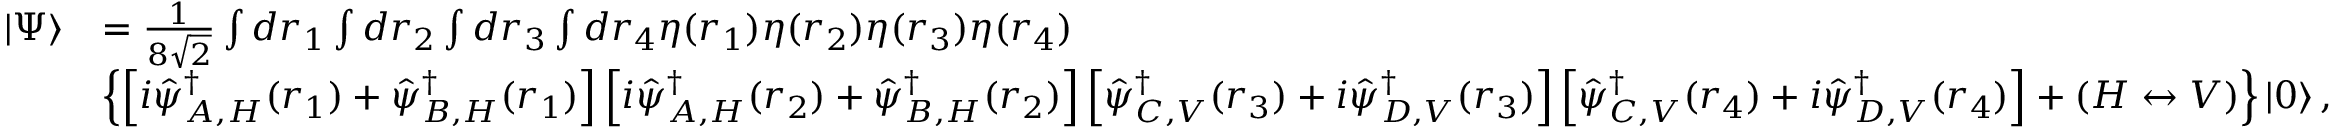
\begin{array} { r l } { | \Psi \rangle } & { = \frac { 1 } { 8 \sqrt { 2 } } \int d \boldsymbol { r } _ { 1 } \int d \boldsymbol { r } _ { 2 } \int d \boldsymbol { r } _ { 3 } \int d \boldsymbol { r } _ { 4 } \eta ( \boldsymbol { r } _ { 1 } ) \eta ( \boldsymbol { r } _ { 2 } ) \eta ( \boldsymbol { r } _ { 3 } ) \eta ( \boldsymbol { r } _ { 4 } ) } \\ & { \left\{ \left[ i \hat { \psi } _ { A , H } ^ { \dagger } ( \boldsymbol { r } _ { 1 } ) + \hat { \psi } _ { B , H } ^ { \dagger } ( \boldsymbol { r } _ { 1 } ) \right] \left[ i \hat { \psi } _ { A , H } ^ { \dagger } ( \boldsymbol { r } _ { 2 } ) + \hat { \psi } _ { B , H } ^ { \dagger } ( \boldsymbol { r } _ { 2 } ) \right] \left[ \hat { \psi } _ { C , V } ^ { \dagger } ( \boldsymbol { r } _ { 3 } ) + i \hat { \psi } _ { D , V } ^ { \dagger } ( \boldsymbol { r } _ { 3 } ) \right] \left[ \hat { \psi } _ { C , V } ^ { \dagger } ( \boldsymbol { r } _ { 4 } ) + i \hat { \psi } _ { D , V } ^ { \dagger } ( \boldsymbol { r } _ { 4 } ) \right] + ( H \leftrightarrow V ) \right\} \left| 0 \right\rangle , } \end{array}